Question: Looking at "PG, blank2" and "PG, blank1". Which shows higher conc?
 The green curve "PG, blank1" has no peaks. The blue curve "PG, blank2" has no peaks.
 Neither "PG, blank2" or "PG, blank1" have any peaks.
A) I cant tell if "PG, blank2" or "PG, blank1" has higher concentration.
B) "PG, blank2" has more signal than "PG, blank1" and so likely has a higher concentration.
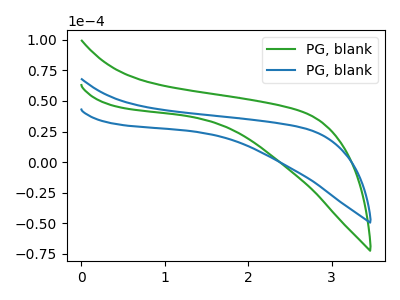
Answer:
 <answer>A) I cant tell if "PG, blank2" or "PG, blank1" has higher concentration.</answer>
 <eval>A</eval>